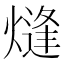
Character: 熢